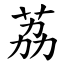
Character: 荔